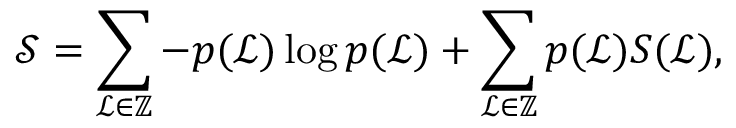
\mathcal { S } = \sum _ { \mathcal { L } \in \mathbb { Z } } - p ( \mathcal { L } ) \log p ( \mathcal { L } ) + \sum _ { \mathcal { L } \in \mathbb { Z } } p ( \mathcal { L } ) S ( \mathcal { L } ) ,